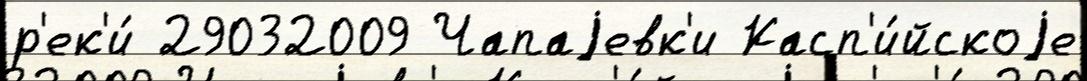
р'ек'и́ 29032009 Чапаjевк'и Касп'и́йскоjе